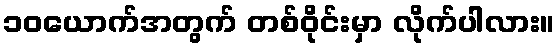
၁၀ယောက်အတွက် တစ်ဝိုင်းမှာ လိုက်ပါလား။